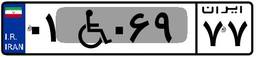
۰۱W۰۶۹۷۷